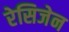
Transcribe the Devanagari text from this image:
रेसिजेन